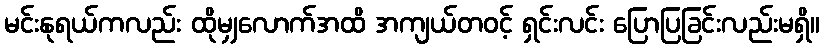
မင်းနုရယ်ကလည်း ထိုမျှလောက်အထိ အကျယ်တဝင့် ရှင်းလင်း ပြောပြခြင်းလည်းမရှိ။